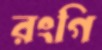
রংগি